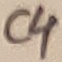
Text: C4